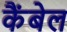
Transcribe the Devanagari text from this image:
कैंबेल